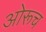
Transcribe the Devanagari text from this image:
ओरूच